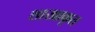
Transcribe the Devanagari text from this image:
शाखाकृत